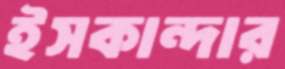
ইসকান্দার